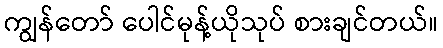
ကျွန်တော် ပေါင်မုန့်ယိုသုပ် စားချင်တယ်။